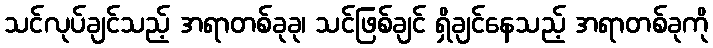
သင်လုပ်ချင်သည့် အရာတစ်ခုခု၊ သင်ဖြစ်ချင် ရှိချင်နေသည့် အရာတစ်ခုကို